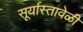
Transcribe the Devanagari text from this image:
सूर्यास्तावेळी